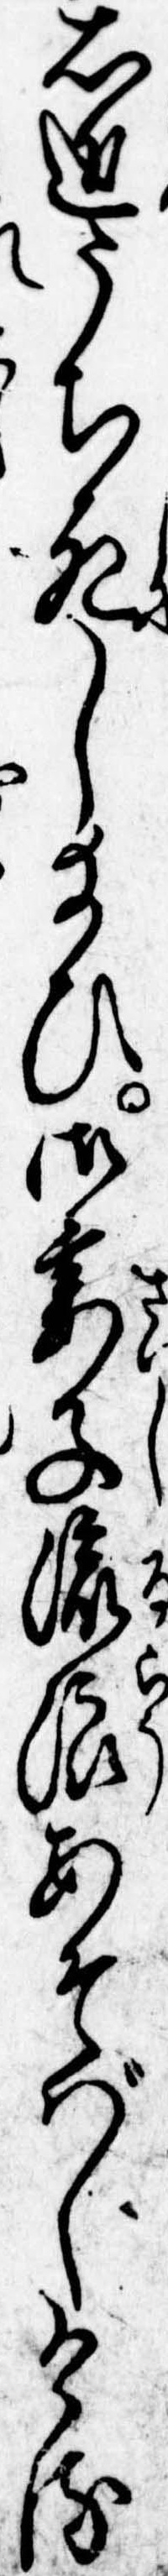
右近うち死し給ひ御妻子流浪あそばしける